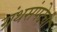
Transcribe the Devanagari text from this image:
ग्रंथसंपदेची